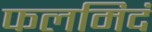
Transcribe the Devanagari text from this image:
फलमिदं